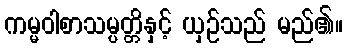
ကမ္မဝါစာသမ္ပတ္တိနှင့် ယှဉ်သည် မည်၏။